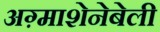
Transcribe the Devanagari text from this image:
अग़्माशेनेबेली